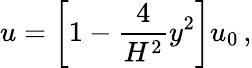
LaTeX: u=\left[1-{\frac{4}{H^{2}}}y^{2}\right]u_{0}\, ,